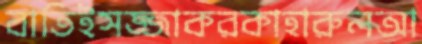
বাতিইসজ্জাকরকাহারুলআ